画像に写った文字を読んでください
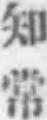
「知常」と書いてあります